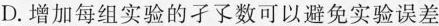
D.增加每组实验的子数可以避免实验误差